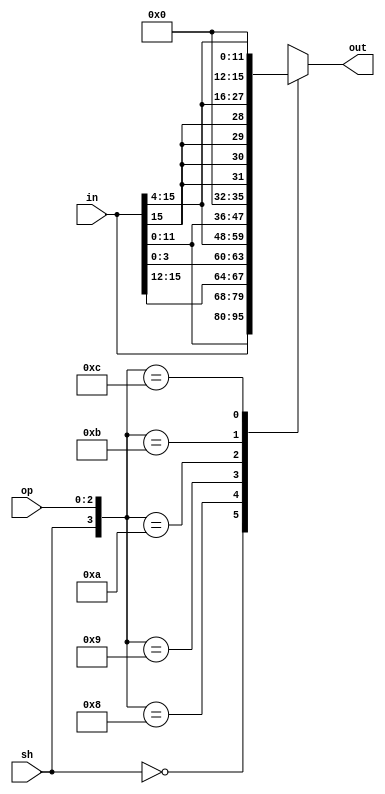
module shifter_4(in, op, sh, out);
	input [15:0] in;
	input [2:0] op;
	input sh;
	output reg [15:0] out;

	always @(*) begin
		casex({sh, op})
		4'b0_xxx:
			//no shift assign out to in
			out = in;
		4'b1_000:
			out = {in[11:0], in[15:12]};
		4'b1_001:
			out = {in[3:0], in[15:4]};
		4'b1_010:
			out = {in[11:0], 4'b0};
		4'b1_011:
			out = {{4{in[15]}}, in[15:4]};
		4'b1_100:
			out = {4'b0, in[15:4]};
		default:
			out = 16'hXXXX;
		endcase
	end
endmodule